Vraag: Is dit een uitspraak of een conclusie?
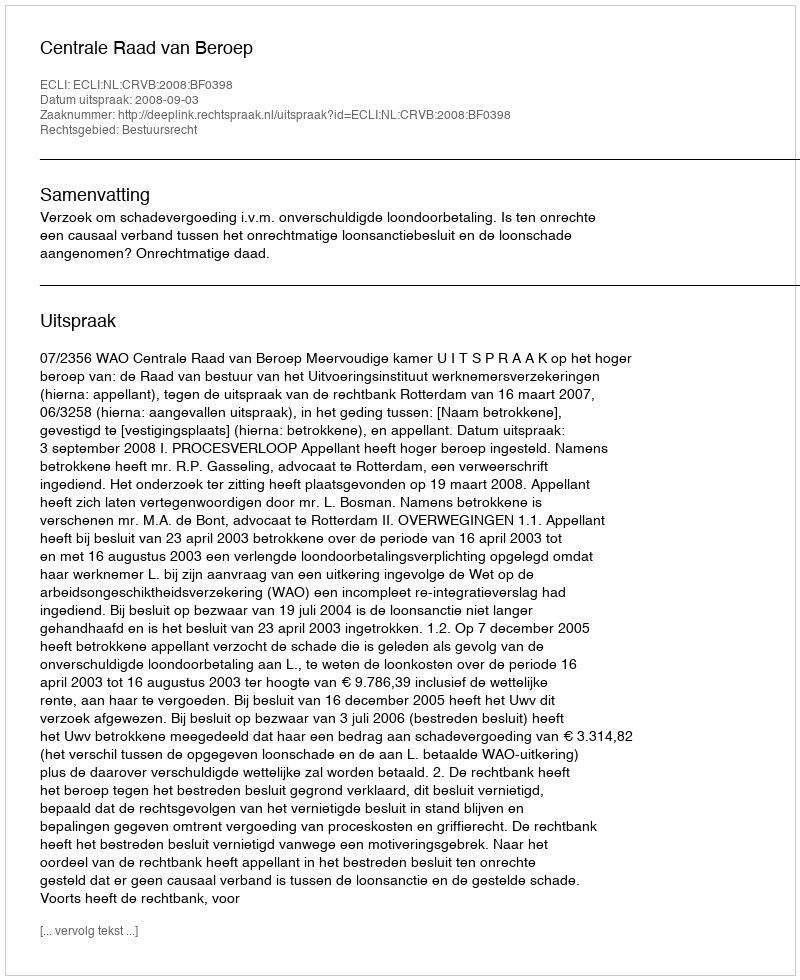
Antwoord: Uitspraak